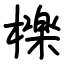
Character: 檪